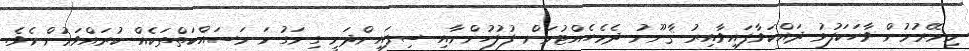
މިމޭރުމުން ވާހަކަފުޅު ދައްކަވާފައިވާއިރު ޤާނޫނު ދެމެހެއްޓުމަށް ފުލުހުންނާއި ސިފައިންދަނީ ގިނަގުނަ މަސައްކަތްތަކެއް ކުރައްވަމުންނެވެ.